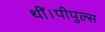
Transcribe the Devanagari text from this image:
थीं।पीपुल्स